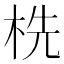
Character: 㭠